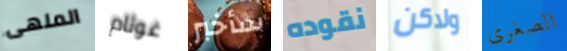
الملهى غوثام سأخبر نقوده ولاكن الصغرى